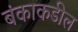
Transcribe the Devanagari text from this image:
बंकाकडील